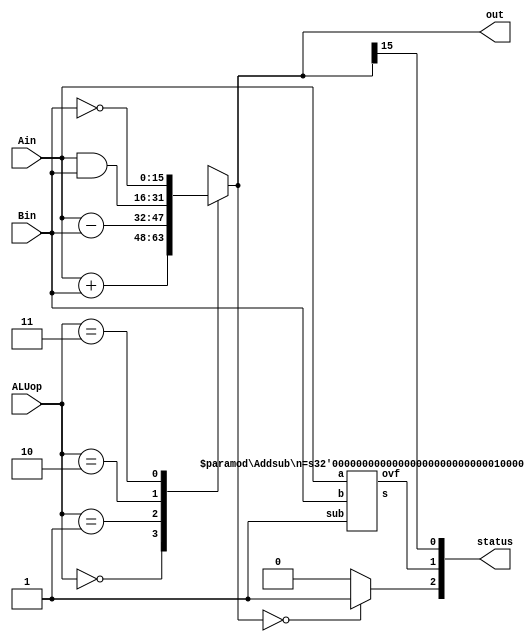
`define ADD 2'b00
`define CMP 2'b01
`define AND 2'b10
`define NOT 2'b11
/*Lab 6 Arithmetic Logic Unit (ALU)*/
module alu(ALUop,Ain,Bin,out,status);
  input [1:0] ALUop; 
  input [15:0] Ain, Bin;
  output reg [15:0] out;
  output [2:0] status;
  wire ovf;
  wire [15:0] sout;

  Addsub #(16) a(Ain, Bin, 1'b1, sout, ovf);
  assign status[2] = ((out == 16'b0) ? 1'b1:1'b0); //if it is zero
  assign status[1] = ovf; //overflow
  assign status[0] = out[15]; //negative
  //ALU will reevaluate whenever any of the inputs change 
  always @(*) begin
    case (ALUop)
      `ADD: out = Ain + Bin;
      `CMP: out = Ain - Bin; 
      `AND: out = Ain & Bin;
      `NOT: out = ~Bin;
      default: out = 16'bx;
    endcase	
  end
endmodule

//Taken from SS.6 
module Addsub(a,b,sub,s,ovf);
  parameter n = 8;
  input [n-1:0] a, b; //inputs 
  input sub ; //subtract if sub = 1, add otherwise 
  output [n-1:0] s;
  output ovf;  //ovf is 1 if overflow 
  wire c1, c2;

  assign ovf = c1 ^ c2; //overflow if signs don't match 

  //add non sign bits
  Adder1 #(n-1) ai(a[n-2:0],b[n-2:0]^{n-1{sub}},sub,c1,s[n-2:0]);
  //add sign bits
  Adder1 #(1) as(a[n-1],b[n-1]^sub,c1,c2,s[n-1]);
endmodule 

//Adder
module Adder1(a,b,cin,cout,s);
  parameter n = 8;
  input [n-1:0] a, b;
  input cin ;
  output [n-1:0] s;
  output cout;

  assign {cout, s} = a + b + cin;
endmodule